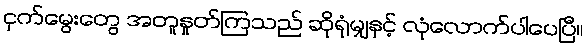
ငှက်မွေးတွေ အတူနှုတ်ကြသည် ဆိုရုံမျှနှင့် လုံလောက်ပါပေပြီ။